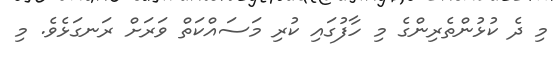
މި ދެ ކުޅުންތެރިންގެ މި ހާފުގައި ކުރި މަސައްކަތް ވަރަށް ރަނގަޅެވެ. މި